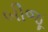
બીજૂ